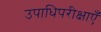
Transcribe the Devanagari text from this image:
उपाधिपरीक्षाएँ